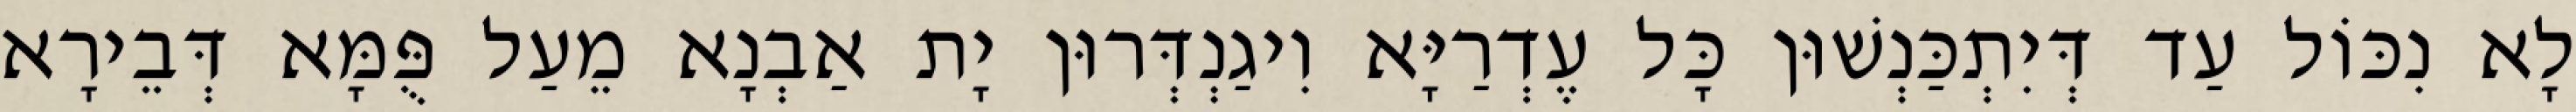
לָא נִכּוֹל עַד דְּיִתְכַּנְשׁוּן כָּל עֶדְרַיָּא וִיגַנְדְּרוּן יָת אַבְנָא מֵעַל פֻּמָּא דְּבֵירָא